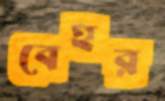
বেহর